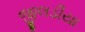
જીલડીયા